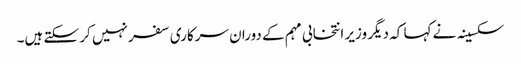
سکسینہ نے کہا کہ دیگر وزیر انتخابی مہم کے دوران سرکاری سفر نہیں کر سکتے ہیں۔